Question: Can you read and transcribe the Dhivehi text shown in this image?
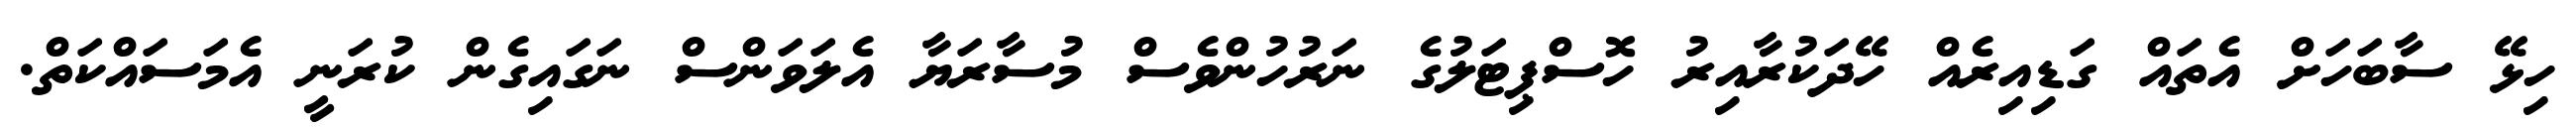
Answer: ހިޅޭ ސާބަހަށް އެތައް ގަޑިއިރެއް ހޭދަކުރާއިރު ހޮސްޕިޓަލުގެ ނަރުހުންވެސް މުސާރަޔާ އެލަވަންސް ނަގައިގެން ކުރަނީ އެމަސައްކަތް.